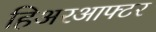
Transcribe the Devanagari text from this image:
हिअरआफ्टर